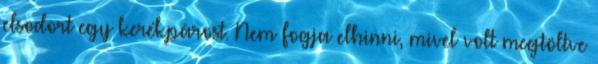
elsodort egy kerékpárost. Nem fogja elhinni, mivel volt megtöltve